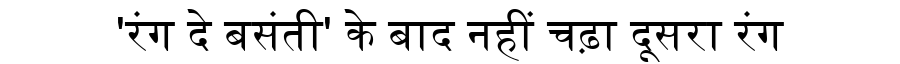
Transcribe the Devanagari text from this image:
'रंग दे बसंती' के बाद नहीं चढ़ा दूसरा रंग